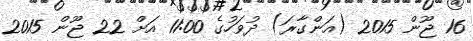
16 ޖޫން 2015 (އަންގާރަ) ދުވަހުގެ 11:00 އަށް 22 ޖޫން 2015